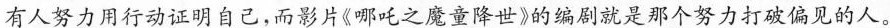
\underline{有人努力用行动证明自己，而影片《哪吒之魔童降世》的编剧就是那个努力打破偏见的人。}